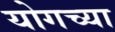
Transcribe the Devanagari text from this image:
योगच्या